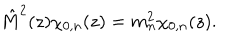
LaTeX: \hat { M } ^ { 2 } ( z ) \chi _ { 0 , n } ( z ) = m _ { n } ^ { 2 } \chi _ { 0 , n } ( z ) .